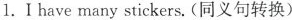
1.I have many stickers. (同义句转换)